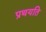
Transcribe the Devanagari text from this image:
प्रथयति